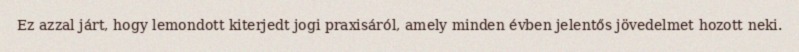
Ez azzal járt, hogy lemondott kiterjedt jogi praxisáról, amely minden évben jelentős jövedelmet hozott neki.